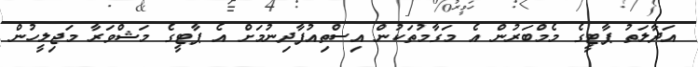
އަދާލަތު ޕާޓީގެ މެމްބަރުން އެ މަގާމުތަކުން އިސްތިއުފާދިނުމަށް އެ ޕާޓީގެ މަޝްވަރާ މަޖިލީހުން